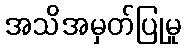
အသိအမှတ်ပြုမှု